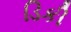
ડિકી